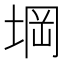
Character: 堈